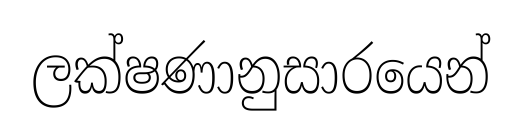
ලක්ෂණානුසාරයෙන්